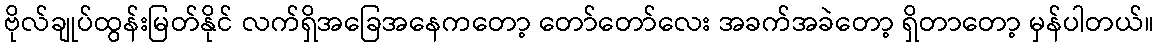
ဗိုလ်ချုပ်ထွန်းမြတ်နိုင် လက်ရှိအခြေအနေကတော့ တော်တော်လေး အခက်အခဲတော့ ရှိတာတော့ မှန်ပါတယ်။